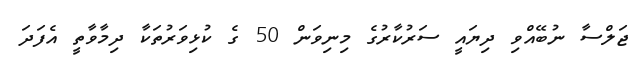
ޖަލްސާ ނުބޭއްވި ދިޔައީ ސަރުކާރުގެ މިނިވަން 50 ގެ ކުޅިވަރުތަކާ ދިމާވާތީ އެފަދަ